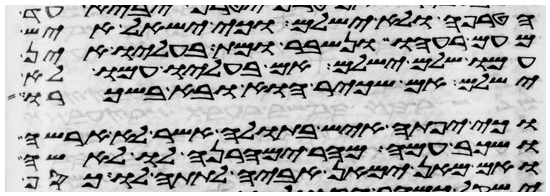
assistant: הטרפה ולא ישלם וכי ישאל איש
מעם רעהו ונשבר או מת בעליו אין
עמו שלם ישלם אם בעליו עמו לא
ישלם אם שכיר הוא ובא בשכרו
וכי יפתה איש בתולה אשר לא ארשה
ושכב עמה מהר ימהרנה לו לאשה
ואם מאן ימאן אביה לתתה לו כסף